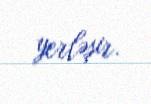
yerləşir.